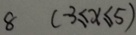
8 ( - 3 \leq x \leq 5 )